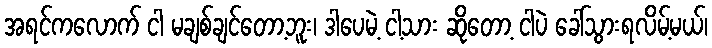
အရင်ကလောက် ငါ မချစ်ချင်တော့ဘူး၊ ဒါပေမဲ့ ငါ့သား ဆိုတော့ ငါပဲ ခေါ်သွားရလိမ့်မယ်၊